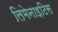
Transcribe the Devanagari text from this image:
लिमेनाइटिस